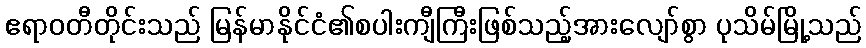
ဧရာဝတီတိုင်းသည် မြန်မာနိုင်ငံ၏စပါးကျီကြီးဖြစ်သည့်အားလျော်စွာ ပုသိမ်မြို့သည်